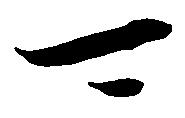
可